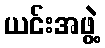
ယင်းအဖွဲ့